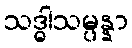
သဒ္ဓါသမ္ပန္နာ